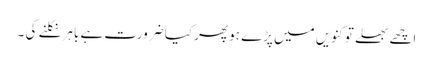
اچھے بھلے تو کنویں میں پڑے ہو پھر کیا ضرورت ہے باہر نکلنے کی ۔